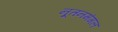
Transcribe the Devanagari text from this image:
नूतनमंगल